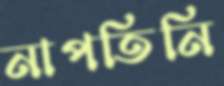
নাপতিনি